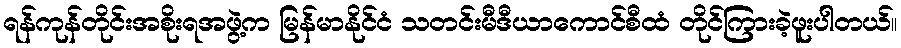
ရန်ကုန်တိုင်းအစိုးရအဖွဲ့က မြန်မာနိုင်ငံ သတင်းမီဒီယာကောင်စီထံ တိုင်ကြားခဲ့ဖူးပါတယ်။